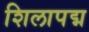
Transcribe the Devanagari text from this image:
शिलापद्म